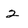
Character: 2